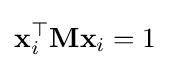
\mathbf {x} _{i}^{\top }\mathbf {M} \mathbf {x} _{i}=1